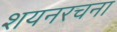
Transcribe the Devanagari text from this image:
शयनरचना